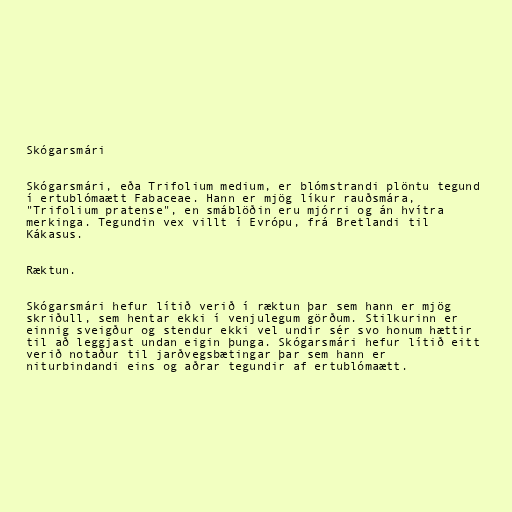
Skógarsmári

Skógarsmári, eða Trifolium medium, er blómstrandi plöntu tegund
í ertublómaætt Fabaceae. Hann er mjög líkur rauðsmára,
"Trifolium pratense", en smáblöðin eru mjórri og án hvítra
merkinga. Tegundin vex villt í Evrópu, frá Bretlandi til
Kákasus.

Ræktun.

Skógarsmári hefur lítið verið í ræktun þar sem hann er mjög
skriðull, sem hentar ekki í venjulegum görðum. Stilkurinn er
einnig sveigður og stendur ekki vel undir sér svo honum hættir
til að leggjast undan eigin þunga. Skógarsmári hefur lítið eitt
verið notaður til jarðvegsbætingar þar sem hann er
niturbindandi eins og aðrar tegundir af ertublómaætt.